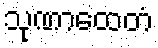
သုဏာထေတံ